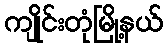
ကျိုင်းတုံမြို့နယ်